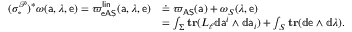
\begin{array} { r l } { ( \sigma _ { \circ } ^ { \mathcal { P } } ) ^ { * } \omega ( { \mathsf { a } } , \lambda , { \mathsf { e } } ) = { { \varpi } _ { \mathsf { e A S } } ^ { \mathsf { l i n } } } ( { \mathsf { a } } , \lambda , { \mathsf { e } } ) } & { \doteq { \varpi _ { \mathsf { A S } } } ( { \mathsf { a } } ) + \omega _ { S } ( \lambda , { \mathsf { e } } ) } \\ & { = \int _ { \Sigma } \mathbf { t r } ( L _ { \ell } \mathbb { d } { \mathsf { a } } ^ { i } \wedge \mathbb { d } { \mathsf { a } } _ { i } ) + \int _ { S } \mathbf { t r } ( \mathbb { d } { \mathsf { e } } \wedge \mathbb { d } \lambda ) . } \end{array}